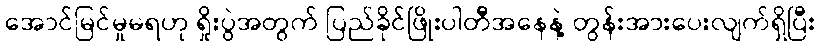
အောင်မြင်မှုမရဟု ရှိုးပွဲအတွက် ပြည်ခိုင်ဖြိုးပါတီအနေနဲ့ တွန်းအားပေးလျက်ရှိပြီး